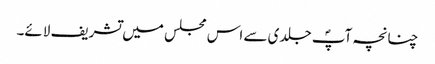
چنانچہ آپؐ جلدی سے اس مجلس میں تشریف لائے۔